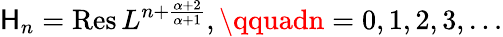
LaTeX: \mathsf{H}_{n}=\mathrm{{Res}}\, L^{n+{\frac{{\alpha+2}}{{\alpha+1}}}},\qquadn=0,1,2,3,\dots